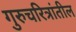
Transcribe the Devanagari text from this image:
गुरुचरित्रांतील